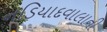
નડિયાદવાલાની